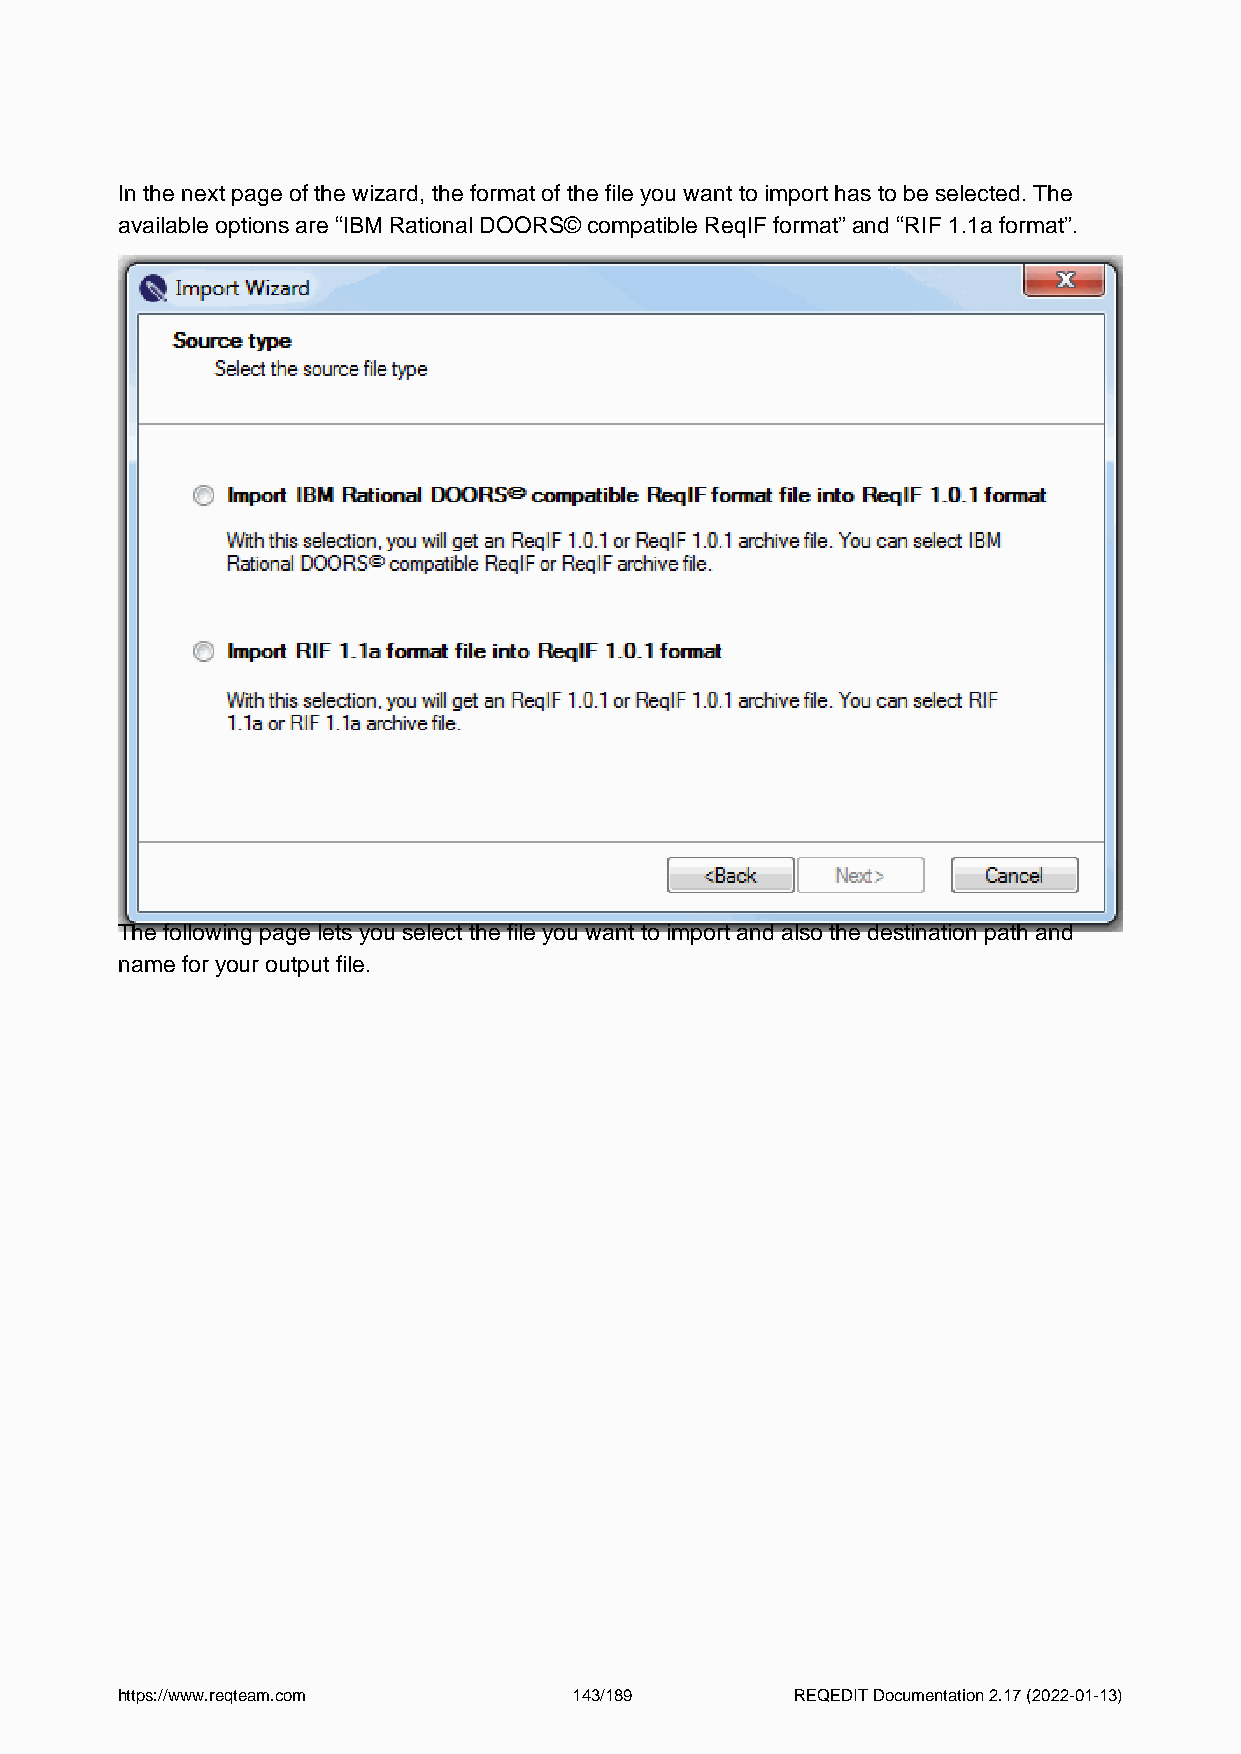
In the next page of the wizard, the format of the file you want to import has to be selected. The
 available options are “IBM Rational DOORS© compatible ReqIF format” and “RIF 1.1a format”.
 The following page lets you select the file you want to import and also the destination path and
 name for your output file.
 https://www.reqteam.com       143/189        REQEDIT Documentation 2.17 (2022-01-13)